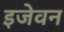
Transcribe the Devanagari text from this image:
इजेवन